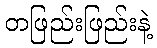
တဖြည်းဖြည်းနဲ့